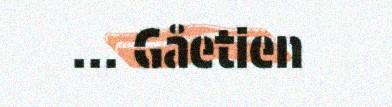
... Gåetien